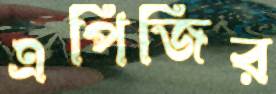
এপিজির